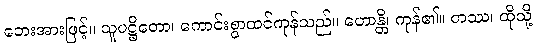
ဘေးအားဖြင့်။ သူပဋ္ဌိတော၊ ကောင်းစွာထင်ကုန်သည်။ ဟောန္တိ၊ ကုန်၏။ တဿ၊ ထိုသို့